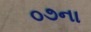
૦૭ના